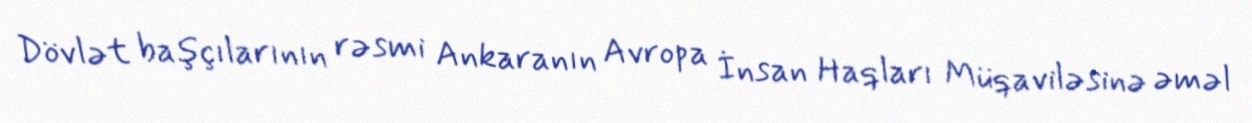
Dövlət başçılarının rəsmi Ankaranın Avropa İnsan Haqları Müqaviləsinə əməl